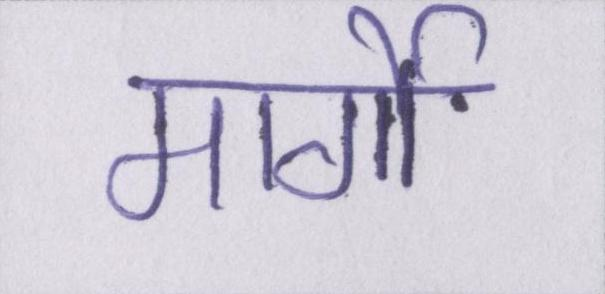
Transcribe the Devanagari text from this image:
मार्गो